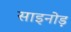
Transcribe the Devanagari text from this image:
साइनोड़